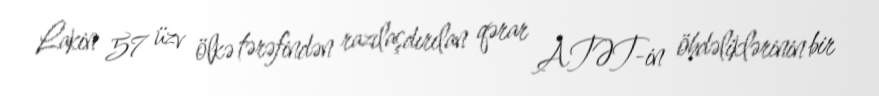
Lakin 57 üzv ölkə tərəfindən razılaşdırılan qərar ATƏT-in öhdəliklərinin bir